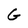
Character: G